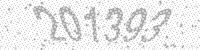
Solution: 201393